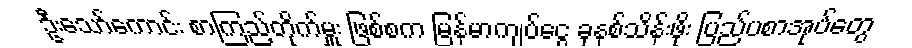
ဦးသော်ကောင်း စာကြည့်တိုက်မှူး ဖြစ်စက မြန်မာကျပ်ငွေ ခုနစ်သိန်းဖိုး ပြည်ပစာအုပ်တွေ